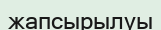
жапсырылуы